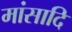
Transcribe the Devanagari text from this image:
मांसादि